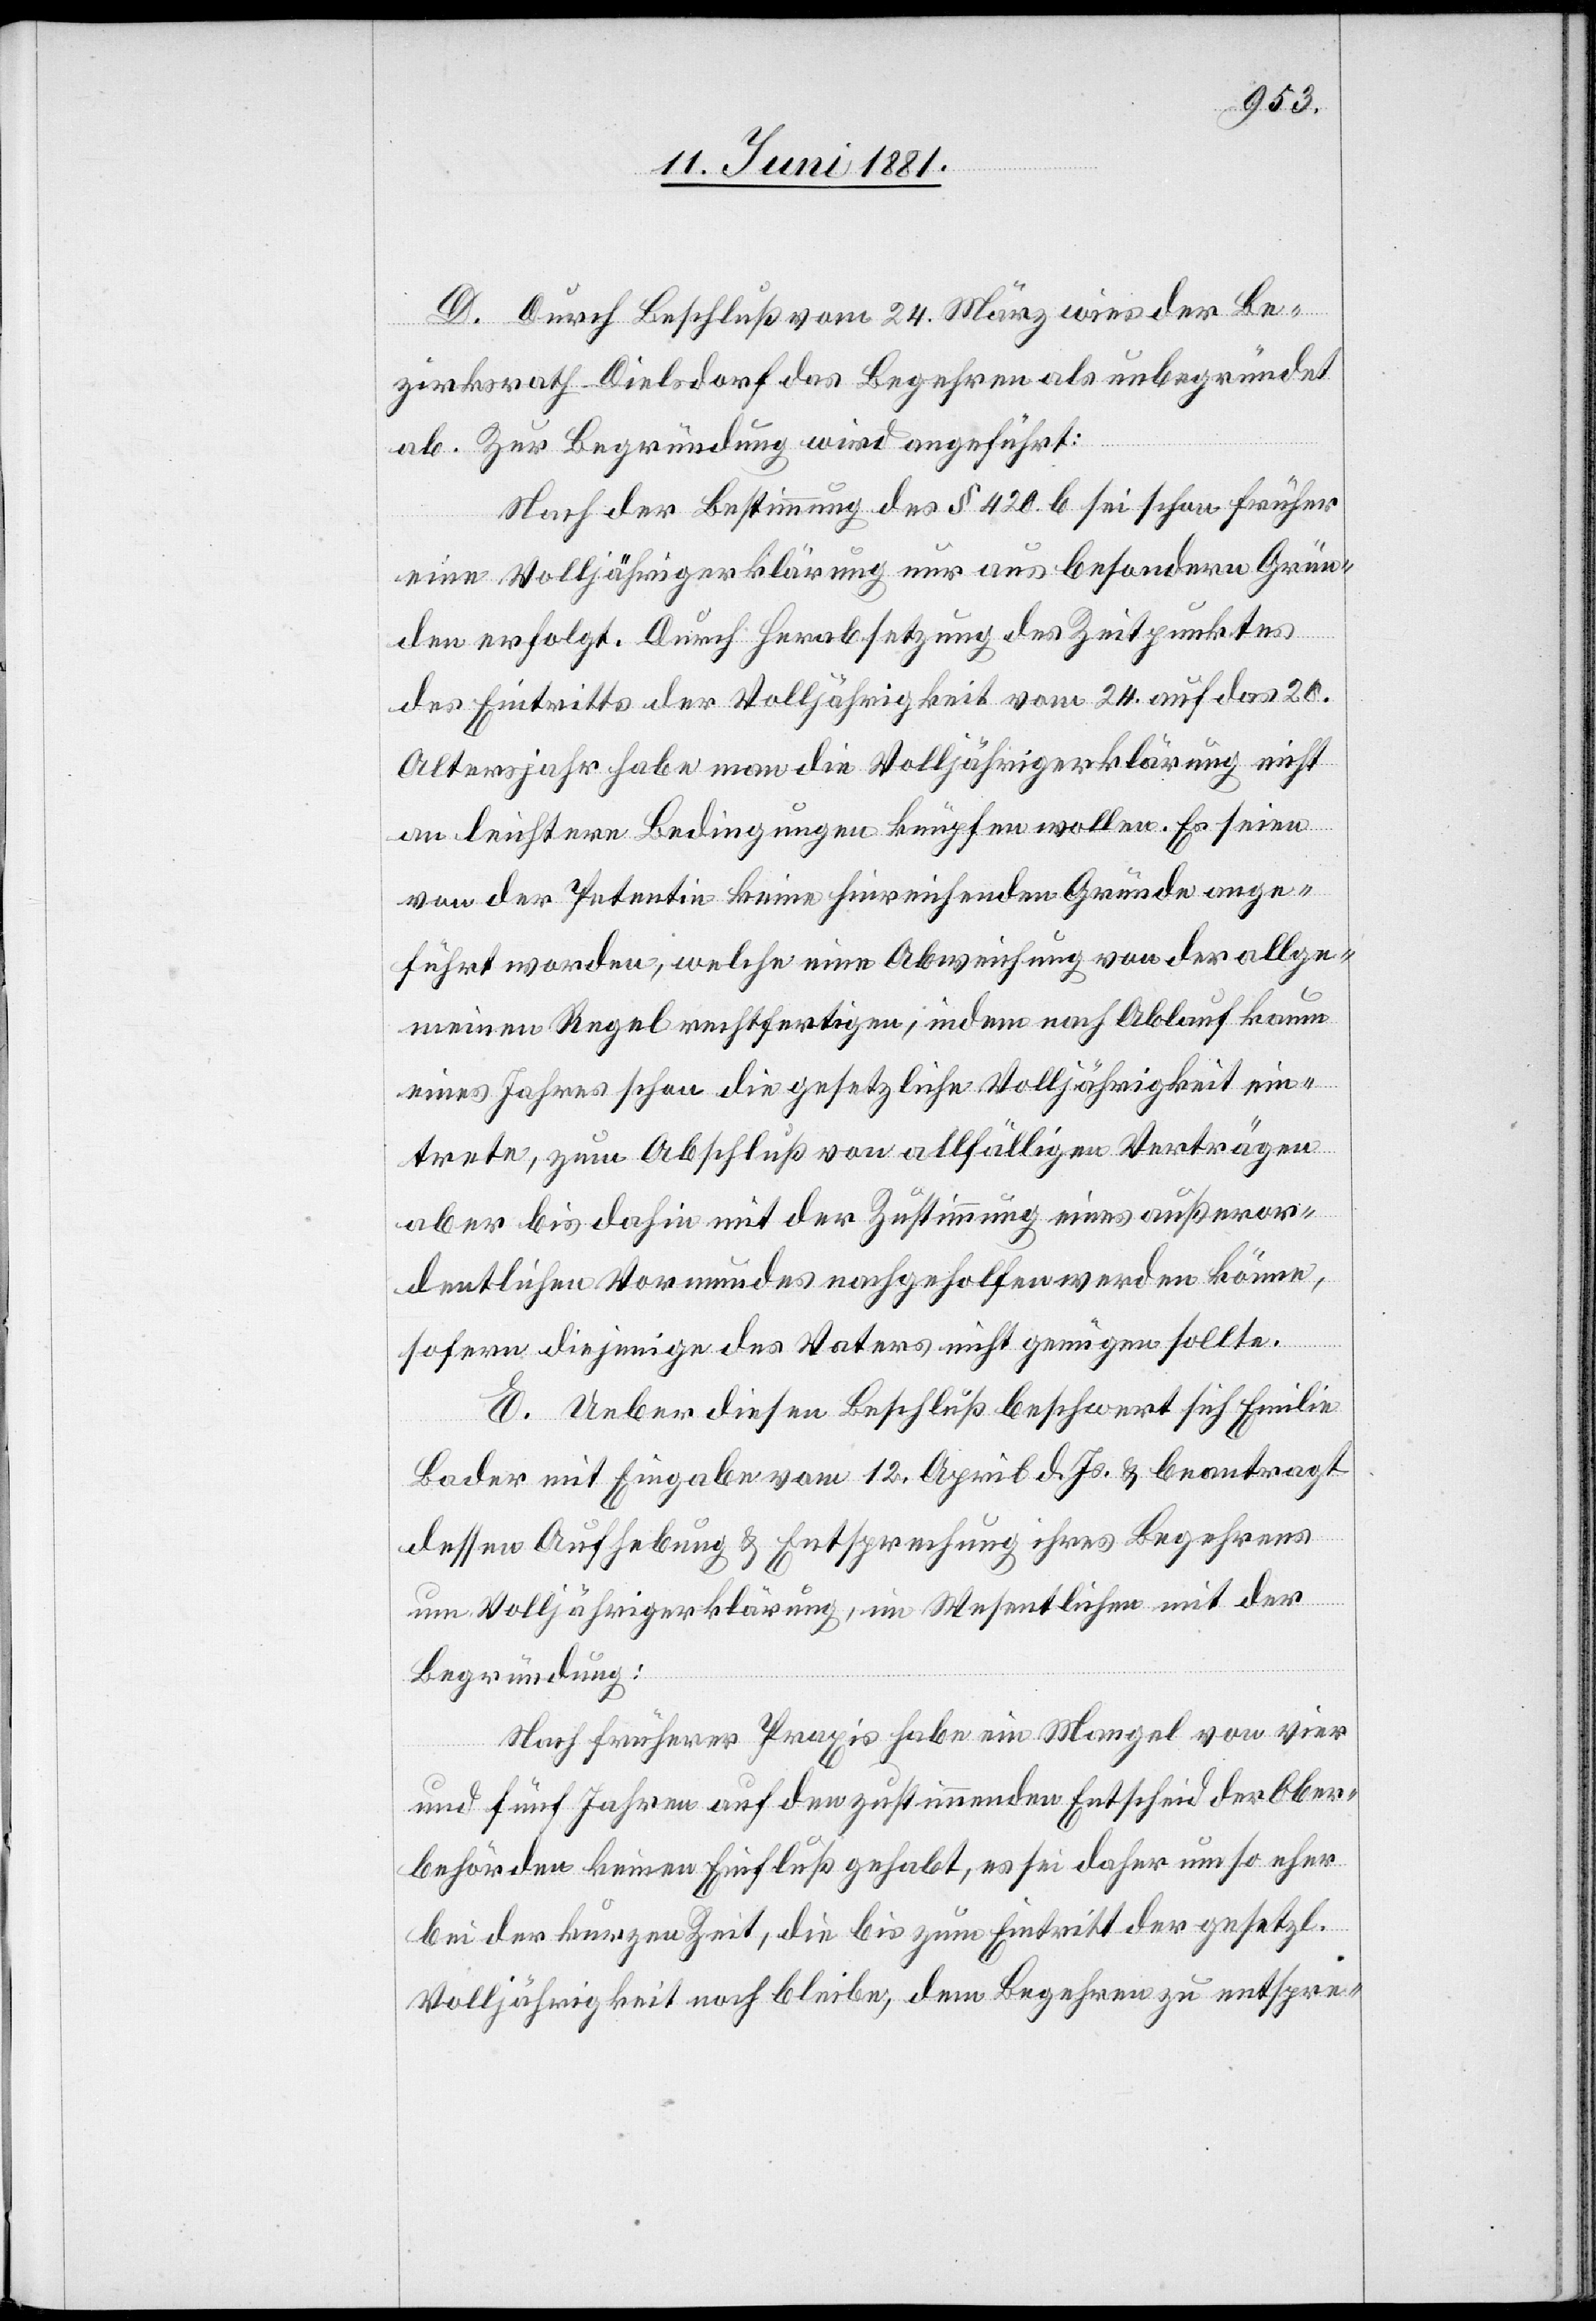
D. Durch Beschluß vom 24. März wies der Be¬
zirksrath Dielsdorf das Begehren als unbegründet
ab. Zur Begründung wird angeführt:
Nach der Bestimmung des § 420 b sei schon früher
eine Volljährigerklärung nur aus besondern Grün¬
den erfolgt. Durch Herabsetzung des Zeitpunktes
des Eintritts der Volljährigkeit vom 24. auf das 20.
Altersjahr habe man die Volljährigerklärung nicht
an leichtere Bedingungen knüpfen wollen. Es seien
von der Petentin keine hinreichende Gründe ange¬
führt worden, welche eine Abweichung von der allge¬
meinen Regel rechtfertigen, indem nach Ablauf kaum
eines Jahres schon die gesetzliche Volljährigkeit ein¬
trete, zum Abschluß von allfälligen Verträgen
aber bis dahin mit der Zustimmung eines außeror¬
dentlichen Vormundes nachgeholfen werden könne,
sofern diejenige des Notars nicht genügen sollte.
E. Ueber diesen Beschluß beschwert sich Emilie
Bader mit Eingabe vom 12. April d. Js. & beantragt
dessen Aufhebung & Entsprechung ihres Begehrens
um Volljährigerklärung, im Wesentlichen mit der
Begründung:
Nach früherer Praxis habe ein Mangel von vier
und fünf Jahren auf den zustimmenden Entscheid der Ober¬
behörden keinen Einfluß gehabt, es sei daher um so eher
bei der kurzen Zeit, die bis zum Eintritt der gesetzl.
Volljährigkeit noch bleibe, dem Begehren zu entspre-